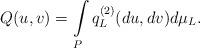
LaTeX: \begin{align*}Q(u,v)=\int\limits_{P}q^{(2)}_L(du,dv)d\mu_{L}.\end{align*}